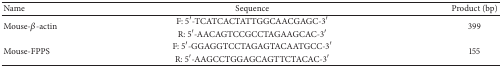
| Name | Sequence | Product (bp) |
 | --- | --- | --- |
 | <ROWSPAN=2> Mouse-β-actin | F: 5′-TCATCACTATTGGCAACGAGC-3′ | <ROWSPAN=2> 399 |
 | R: 5′-AACAGTCCGCCTAGAAGCAC-3′ |
 | <ROWSPAN=2> Mouse-FPPS | F: 5′-GGAGGTCCTAGAGTACAATGCC-3′ | <ROWSPAN=2> 155 |
 | R: 5′-AAGCCTGGAGCAGTTCTACAC-3′ |